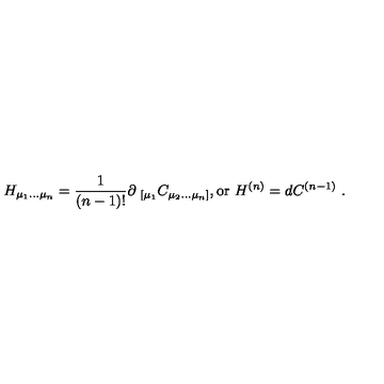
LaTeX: H _ { \mu _ { 1 } . . . \mu _ { n } } = { \frac { 1 } { ( n - 1 ) ! } } \partial _ { \ [ \mu _ { 1 } } C _ { \mu _ { 2 } . . . \mu _ { n } ] } , \mathrm { o r } \ H ^ { ( n ) } = d C ^ { ( n - 1 ) } \ .